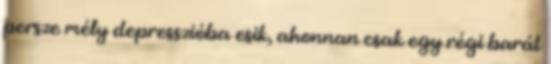
persze mély depresszióba esik, ahonnan csak egy régi barát